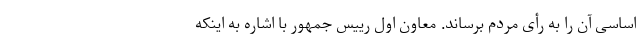
اساسی آن را به رأی مردم برساند. معاون اول رییس جمهور با اشاره به اینکه